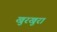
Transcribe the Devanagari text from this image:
खुरखुरा